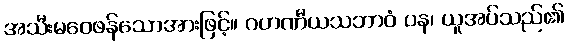
အသီးမဝေဖန်သောအားဖြင့်။ ဂဟဏီယသဘာဝံ ပန၊ ယူအပ်သည်၏